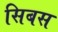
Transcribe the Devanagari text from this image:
सिबस